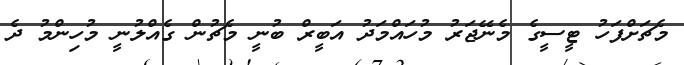
މެޗަށްފަހު ޓީސީގެ މެނޭޖަރު މުހައްމަދު އަބީރް ބުނީ މެޗުން ގެއްލުނީ މުހިންމު ދެ